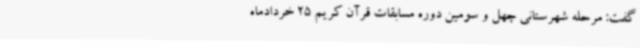
گفت: مرحله شهرستانی چهل و سومین دوره مسابقات قرآن کریم 25 خردادماه